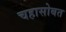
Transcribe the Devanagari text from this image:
चहासोबत